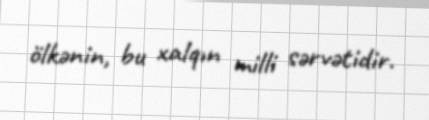
ölkənin, bu xalqın milli sərvətidir.